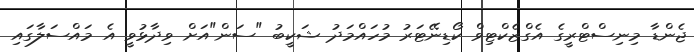
ޖެންޑާ މިނިސްޓްރީގެ އެގްޒެކްޓިވް ކޯޑިނޭޓަރު މުހައްމަދު ޝަކީބު "ސަން"އަށް ވިދާޅުވީ އެ މައްސަލާގައި